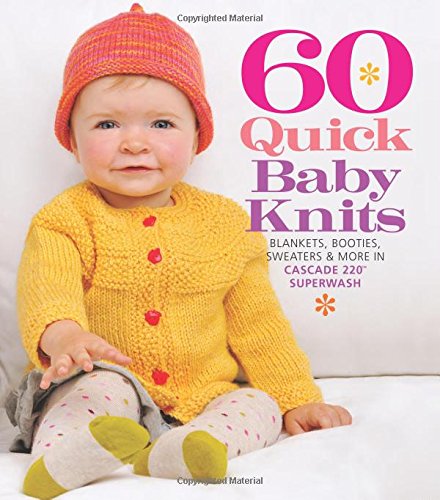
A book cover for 60 Quick Baby Knits: Blankets, Booties, Sweaters & More in Cascade 220EE¢ Superwash (60 Quick Knits Collection); Crafts, Hobbies & Home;